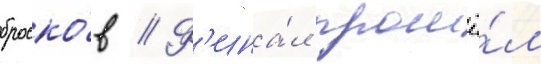
броско́в // Ф'ина́л прошё́л